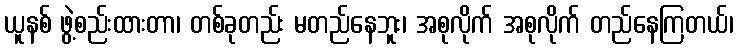
ယူနစ် ဖွဲ့စည်းထားတာ၊ တစ်ခုတည်း မတည်နေဘူး၊ အစုလိုက် အစုလိုက် တည်နေကြတယ်၊